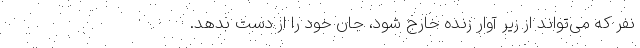
نفر که می‌تواند از زیر آوار زنده خارج شود، جان خود را از دست بدهد.